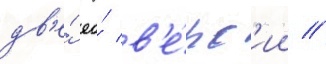
дв'е́ ео́ в'е́рс'ии //